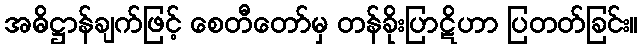
အဓိဋ္ဌာန်ချက်ဖြင့် စေတီတော်မှ တန်ခိုးပြာဋိဟာ ပြတတ်ခြင်း။